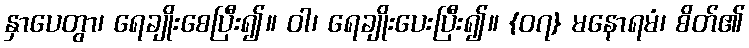
နှာပေတွာ၊ ရေချိုးစေပြီး၍။ ဝါ၊ ရေချိုးပေးပြီး၍။ {၀၇} မနောရမံ၊ စိတ်၏